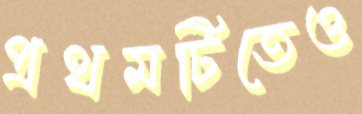
প্রথমটিতেও